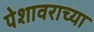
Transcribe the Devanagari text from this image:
पेशावराच्या